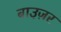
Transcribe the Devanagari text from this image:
बाउ़ज़र